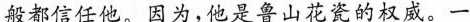
般都信任他。因为，他是鲁山花瓷的权威。一